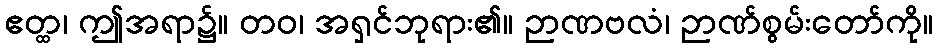
ဧတ္ထ၊ ဤအရာ၌။ တဝ၊ အရှင်ဘုရား၏။ ဉာဏဗလံ၊ ဉာဏ်စွမ်းတော်ကို။